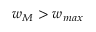
w _ { M } > w _ { m a x }